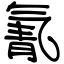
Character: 氰